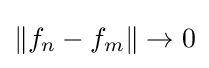
\left\|f_{n}-f_{m}\right\|\to 0